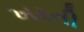
ખરતી